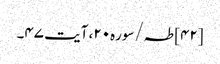
[۴۲] طہ/سوره۲۰، آیت ۴۷۔